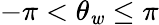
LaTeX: -\pi<\theta_{\mathit{w}}\leq\pi